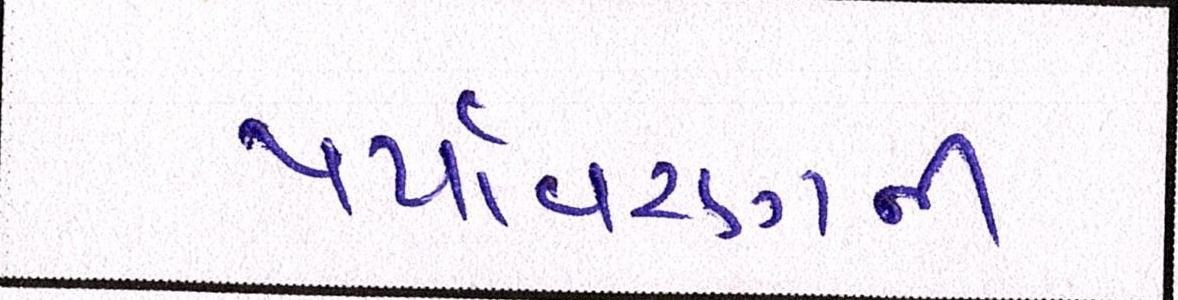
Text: પર્યાવરણની